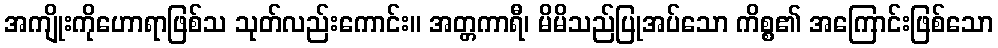
အကျိုးကိုဟောရာဖြစ်သ သုတ်လည်းကောင်း။ အတ္တကာရီ၊ မိမိသည်ပြုအပ်သော ကိစ္စ၏ အကြောင်းဖြစ်သော